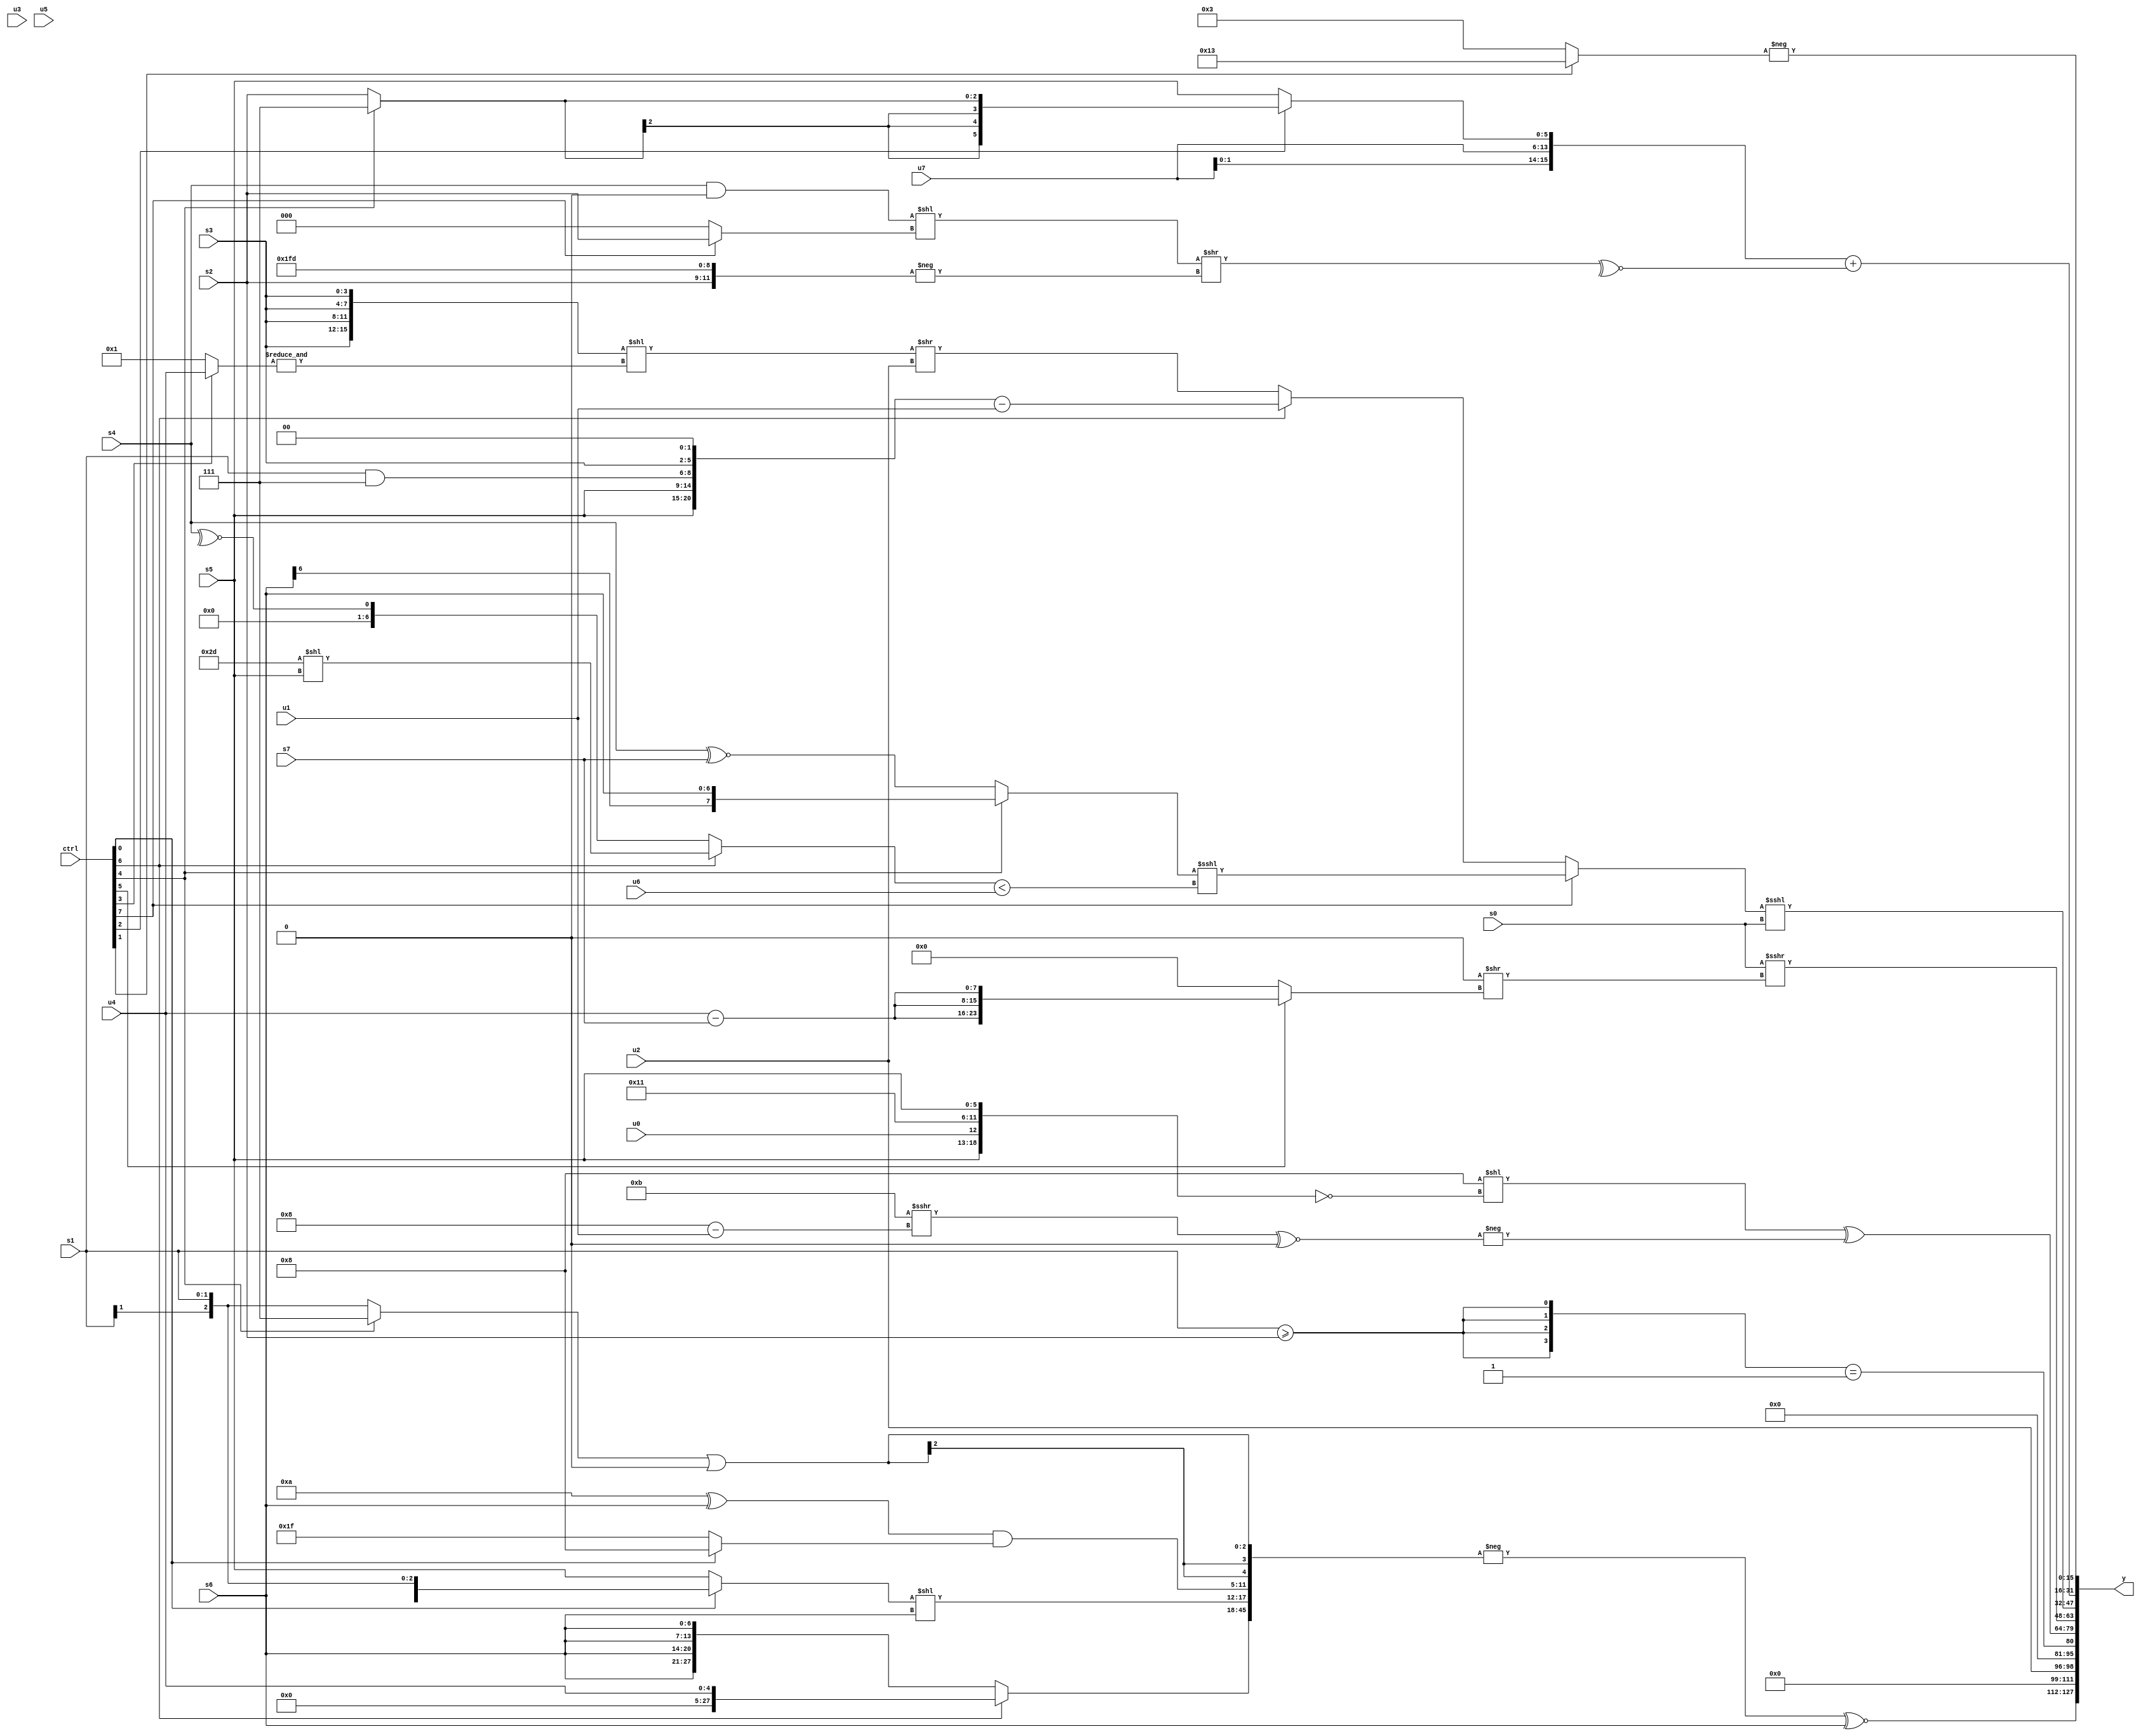
module wideexpr_00431(ctrl, u0, u1, u2, u3, u4, u5, u6, u7, s0, s1, s2, s3, s4, s5, s6, s7, y);
  input [7:0] ctrl;
  input [0:0] u0;
  input [1:0] u1;
  input [2:0] u2;
  input [3:0] u3;
  input [4:0] u4;
  input [5:0] u5;
  input [6:0] u6;
  input [7:0] u7;
  input signed [0:0] s0;
  input signed [1:0] s1;
  input signed [2:0] s2;
  input signed [3:0] s3;
  input signed [4:0] s4;
  input signed [5:0] s5;
  input signed [6:0] s6;
  input signed [7:0] s7;
  output [127:0] y;
  wire [15:0] y0;
  wire [15:0] y1;
  wire [15:0] y2;
  wire [15:0] y3;
  wire [15:0] y4;
  wire [15:0] y5;
  wire [15:0] y6;
  wire [15:0] y7;
  assign y = {y0,y1,y2,y3,y4,y5,y6,y7};
  assign y0 = (-({(ctrl[6]?{1{u4}}:{4{s6}}),((ctrl[0]?s1:s5))<<($unsigned(s6)),((5'sb01010)^(s6))&((ctrl[0]?5'sb01000:4'sb1111)),((ctrl[4]?3'sb111:s1))|((s4)<<(4'sb1100))}))^~(s6);
  assign y1 = u2;
  assign y2 = ({4{(s1)>=(s2)}})==(1'sb1);
  assign y3 = (($signed((+(5'sb01000))<<<((5'b01011)>>>(3'b110))))<<(~(+({s5,u0,6'b010001,s5}))))^(-(((5'sb11011)>>>((4'sb1000)-(u1)))^~(2'sb00)));
  assign y4 = (s0)>>>((1'sb0)>>((ctrl[5]?$signed({3{(u4)-(s7)}}):(4'sb1111)>>({4{{6'b001101,3'b110}}}))));
  assign y5 = ((ctrl[7]?+(($signed((ctrl[4]?(s6)>>(2'b00):(s4)^~(s7))))<<<(((ctrl[6]?(6'sb101101)<<(s5):~^(s4)))<(u6))):(ctrl[6]?+(({{2{s5}},(s1)&(3'b111),s3,(2'sb01)<<(4'sb1001)})-(u1)):(($signed({4{s3}}))<<(&((ctrl[3]?u4:4'b0001))))>>(u2))))<<<(s0);
  assign y6 = (+({$signed($unsigned({4{u7}})),(ctrl[2]?+((ctrl[4]?1'sb1:s2)):s5)}))+($signed(~^((((s4)&(1'sb0))<<((ctrl[7]?s2:1'b0)))>>(-({s2,6'sb111111,3'b101})))));
  assign y7 = -((ctrl[1]?{1{6'sb010011}}:{1{3'sb011}}));
endmodule